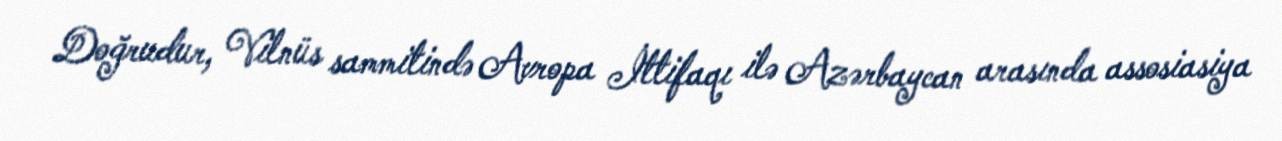
Doğrudur, Vilnüs sammitində Avropa İttifaqı ilə Azərbaycan arasında assosiasiya